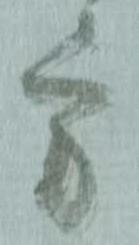
方